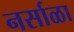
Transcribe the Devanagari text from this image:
नर्साळा